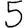
Digit: 5